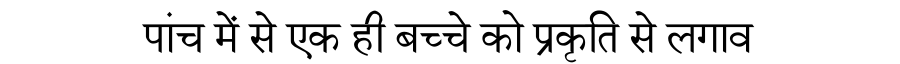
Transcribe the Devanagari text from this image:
पांच में से एक ही बच्चे को प्रकृति से लगाव